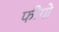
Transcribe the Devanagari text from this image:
फीगो